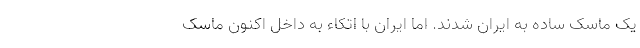
یک ماسک ساده به ایران شدند. اما ایران با اتکاء به داخل اکنون ماسک